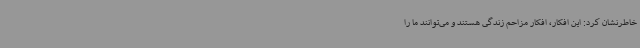
خاطرنشان کرد: این افکار، افکار مزاحم زندگی هستند و می‌توانند ما را